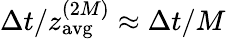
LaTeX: \Delta t/z_{\mathrm{{avg}}}^{(2M)}\approx\Delta t/M